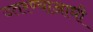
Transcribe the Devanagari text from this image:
उतरण्याआधी